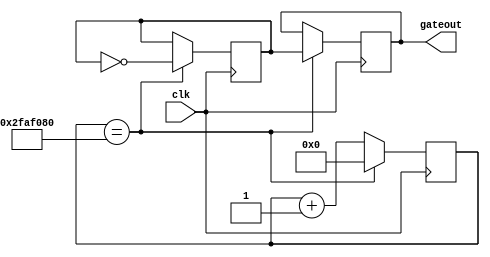
`timescale 1ns / 1ps
//////////////////////////////////////////////////////////////////////////////////
// Company: Northwestern Polytechnical University
// 
// Design Name: ALU implementation
// Module Name: pregate
// Project Name: ALU Design for Digital Logic and Verilog
// Target Devices: xc7a35tcsg324-1
// Tool Versions: Vivado 2018.3
// Description: 
// The divider designed to divide the hardware clock into 1Hz to fit human observation.
// Dependencies: 
// 
// Revision:
// Revision 0.01 - File Created
// Additional Comments:
// 
//////////////////////////////////////////////////////////////////////////////////


module pregate(clk,gateout);
input clk;
output gateout;

reg gateout,gatebuf;
reg [31:0] cnt;

initial
begin
    cnt=0;
    gatebuf=0;
    gateout=0;
end

always @(posedge clk)
begin
if(cnt==32'd50000000)
    begin
    gatebuf<=~gatebuf;
    gateout<=gatebuf;
    cnt<=32'd0;
    end
else
    begin
    cnt<=cnt+32'd1;
    end
end
endmodule